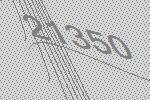
21350